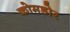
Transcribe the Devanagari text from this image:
कोमडोर